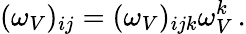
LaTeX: (\omega_{V})_{ij}=(\omega_{V})_{ijk}\omega_{V}^{k}\, .